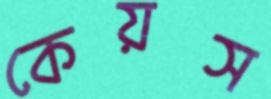
কেয়স